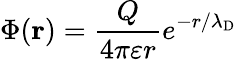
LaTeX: \Phi(\mathbf{r})={\frac{Q}{4\pi\varepsilon r}}e^{-r/\lambda_{\mathrm{{D}}}}